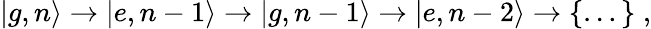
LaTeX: \left|g,n\right\rangle\rightarrow\left|e,n-1\right\rangle\rightarrow\left|g,n-1\right\rangle\rightarrow\left|e,n-2\right\rangle\rightarrow\{ \dots{}\} \; ,